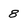
Character: 8